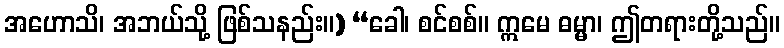
အဟောသိ၊ အဘယ်သို့ ဖြစ်သနည်း။) “ခေါ၊ စင်စစ်။ ဣမေ ဓမ္မာ၊ ဤတရားတို့သည်။